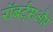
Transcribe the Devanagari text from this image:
रॉबर्ट्सऔर